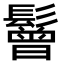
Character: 鬙